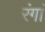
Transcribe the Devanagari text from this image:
रंगां